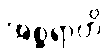
အစ္ဆရာဟိ